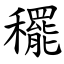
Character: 䆉